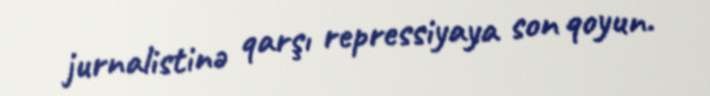
jurnalistinə qarşı repressiyaya son qoyun.